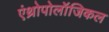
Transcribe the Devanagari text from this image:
एंथ्रोपोलॉजिकल